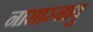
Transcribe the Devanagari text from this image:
नासास्नायु